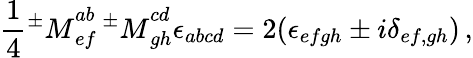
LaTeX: \frac 14{^\pm M}_{ef}^{ab}\, {^\pm M}_{gh}^{cd}\epsilon_{abcd}=2(\epsilon_{efgh}\pm i\delta_{ef,gh})\, ,